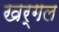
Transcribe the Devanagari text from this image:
खर्गल